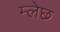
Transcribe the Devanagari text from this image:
म्लेछ